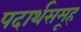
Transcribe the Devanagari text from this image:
पदार्थसमूह